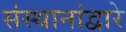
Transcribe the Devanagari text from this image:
संस्थानांद्वारे